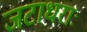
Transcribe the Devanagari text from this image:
जटाधराः